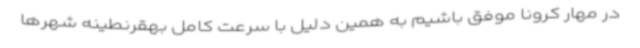
در مهار کرونا موفق باشیم به همین دلیل با سرعت کامل بهقرنطینه شهرها